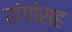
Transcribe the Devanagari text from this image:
रांगांसह